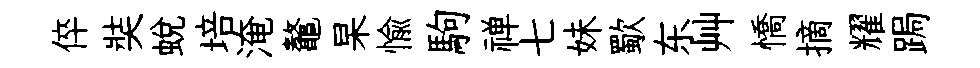
倅奘蛻培淹鼇杲愉駒禅七妹歜东艸憍摘耀跼